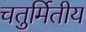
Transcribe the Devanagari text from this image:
चतुर्मितीय